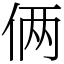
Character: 俩